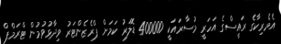
އެމެރިކާގެ ރައީސްގެ އަހަރީ މުސާރައަކީ 400000 ޑޮލަރު ކަމަށް ޕްރެޒެންޓަރު ވިދާޅުވުމުން ޓްރަމްޕް